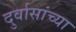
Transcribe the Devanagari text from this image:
दुर्वासांच्या